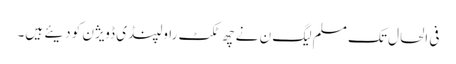
فی الحال تک مسلم لیگ ن نے چھ ٹکٹ راولپنڈی ڈویژن کو دیئے ہیں۔